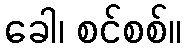
ခေါ၊ စင်စစ်။